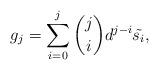
LaTeX: \begin{align*}g_j=\sum_{i=0}^j {j \choose i} d^{j-i}\tilde{s_i}, \end{align*}